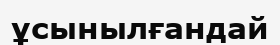
ұсынылғандай